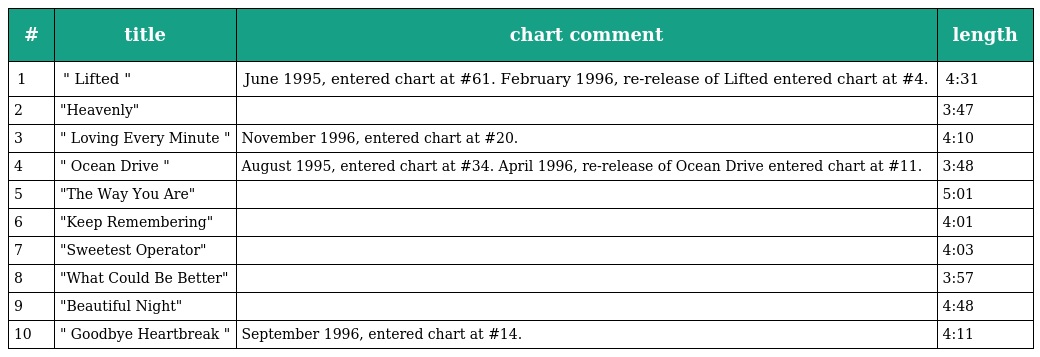
| # | title | chart comment | length |
 | --- | --- | --- | --- |
 | 1 | " Lifted " | June 1995, entered chart at #61. February 1996, re-release of Lifted entered chart at #4. | 4:31 |
 | 2 | "Heavenly" |  | 3:47 |
 | 3 | " Loving Every Minute " | November 1996, entered chart at #20. | 4:10 |
 | 4 | " Ocean Drive " | August 1995, entered chart at #34. April 1996, re-release of Ocean Drive entered chart at #11. | 3:48 |
 | 5 | "The Way You Are" |  | 5:01 |
 | 6 | "Keep Remembering" |  | 4:01 |
 | 7 | "Sweetest Operator" |  | 4:03 |
 | 8 | "What Could Be Better" |  | 3:57 |
 | 9 | "Beautiful Night" |  | 4:48 |
 | 10 | " Goodbye Heartbreak " | September 1996, entered chart at #14. | 4:11 |